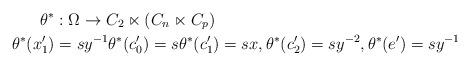
LaTeX: \begin{align*}\theta^{\ast} & :\Omega\rightarrow C_{2}\ltimes(C_{n}\ltimes C_{p})\\\theta^{\ast}(x_{1}^{\prime}) & =sy^{-1}\theta^{\ast}(c_{0}^{\prime})=s\theta^{\ast}(c_{1}^{\prime})=sx,\theta^{\ast}(c_{2}^{\prime})=sy^{-2},\theta^{\ast}(e^{\prime})=sy^{-1}\end{align*}